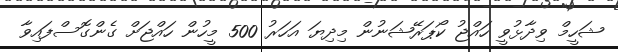
ޝަހީމް ވިދާޅުވީ ހައްޖު ކޯޕަރޭޝަނުން މިދިޔަ އަހަރު 500 މީހުން ހައްޖަށް ގެންގޮސްފައިވާ